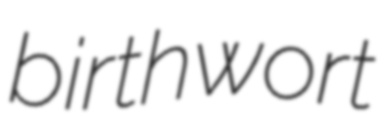
birthwort